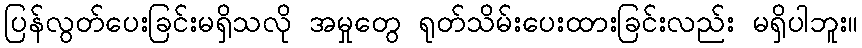
ပြန်လွတ်ပေးခြင်းမရှိသလို အမှုတွေ ရုတ်သိမ်းပေးထားခြင်းလည်း မရှိပါဘူး။